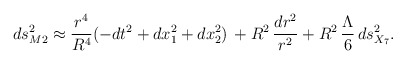
\begin{align*}ds^2_{M2} \approx {r^{4}\over R^4}(-dt^2 + dx_1^2 +dx_2^2) \, + R^2 \, \frac{dr^2}{r^2} + R^2 \, \frac{\Lambda}{6} \, ds_{X_7}^2.\end{align*}